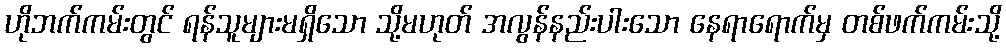
ဟိုဘက်ကမ်းတွင် ရန်သူများမရှိသော သို့မဟုတ် အလွန်နည်းပါးသော နေရာရောက်မှ တစ်ဖက်ကမ်းသို့